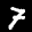
Label: 7